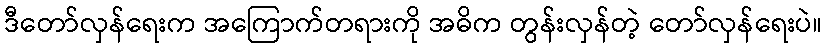
ဒီတော်လှန်ရေးက အကြောက်တရားကို အဓိက တွန်းလှန်တဲ့ တော်လှန်ရေးပဲ။